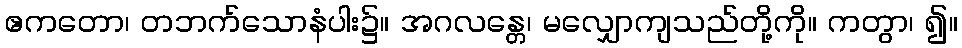
ဧကတော၊ တဘက်သောနံပါး၌။ အဂလန္တေ၊ မလျှောကျသည်တို့ကို။ ကတွာ၊ ၍။